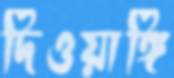
দিওয়াঙ্গি